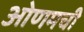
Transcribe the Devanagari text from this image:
ओणमची